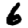
Digit: 6